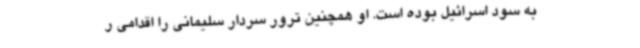
به سود اسرائیل بوده است. او همچنین ترور سردار سلیمانی را اقدامی ر